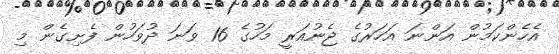
އެހެންކަމުން އަންނަ އަހަރުގެ ޖެނުއަރީ މަހުގެ 16 ވަނަ ދުވަހުން ފެށިގެން މި